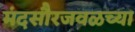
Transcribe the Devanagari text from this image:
मंदसौरजवळच्या